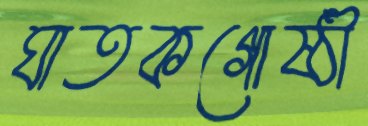
ঘাতকগোষ্ঠী